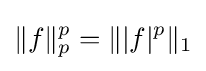
\|f\|_{p}^{p}=\||f|^{p}\|_{1}